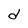
Character: d